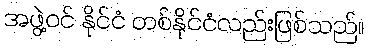
အဖွဲ့ဝင် နိုင်ငံ တစ်နိုင်ငံလည်းဖြစ်သည်။